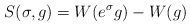
\begin{align*}S(\sigma, g) = W(e^{\sigma} g) - W(g)\end{align*}